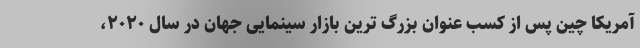
آمریکا چین پس از کسب عنوان بزرگ ترین بازار سینمایی جهان در سال ۲۰۲۰،